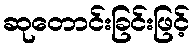
ဆုတောင်းခြင်းဖြင့်